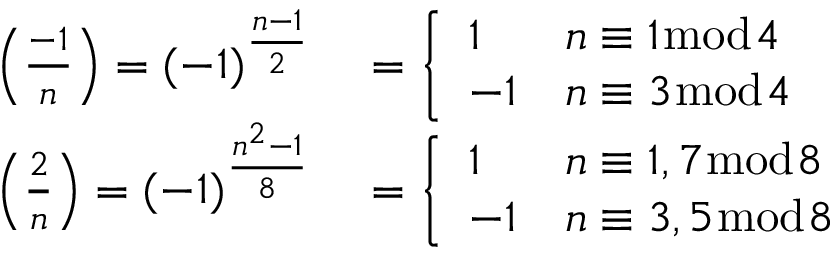
\begin{array} { r l } { \left( { \frac { - 1 } { n } } \right) = ( - 1 ) ^ { \frac { n - 1 } { 2 } } } & { { } = { \left\{ \begin{array} { l l } { 1 } & { n \equiv 1 { \bmod { 4 } } } \\ { - 1 } & { n \equiv 3 { \bmod { 4 } } } \end{array} \right. } } \\ { \left( { \frac { 2 } { n } } \right) = ( - 1 ) ^ { \frac { n ^ { 2 } - 1 } { 8 } } } & { { } = { \left\{ \begin{array} { l l } { 1 } & { n \equiv 1 , 7 { \bmod { 8 } } } \\ { - 1 } & { n \equiv 3 , 5 { \bmod { 8 } } } \end{array} \right. } } \end{array}